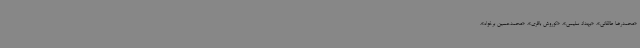
«محمدرضا طالقانی»، «بهداد سلیمی»، «کوروش باقری»، «محمدحسین برخواه»،